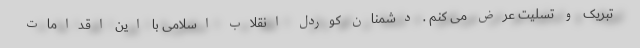
تبریک و تسلیت عرض می کنم . دشمنان کوردل انقلاب اسلامی با این اقدامات